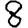
Digit: 8